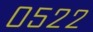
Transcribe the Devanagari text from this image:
०५२२